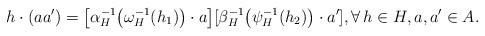
LaTeX: \begin{align*} h\cdot (aa^{\prime })=\big[\alpha _H^{-1}\big(\omega _H^{-1}(h_1)\big)\cdot a\big] [\beta_H^{-1}\big(\psi _H^{-1}(h_2)\big)\cdot a^{\prime }], \forall \, h\in H, a,a^{\prime }\in A. \end{align*}